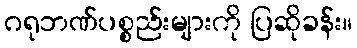
ဂရုဘဏ်ပစ္စည်းများကို ပြဆိုခန်း။